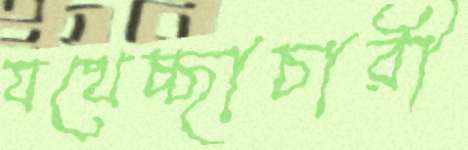
যথেচ্ছাচারী